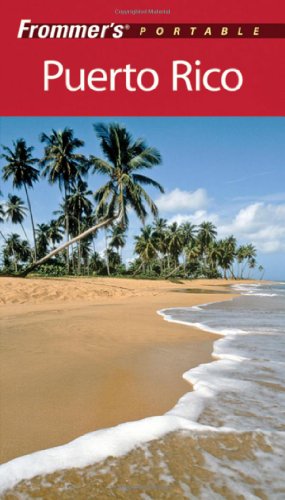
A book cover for Frommer'sÃE Portable Puerto Rico (Frommer's Portable); John Marino; Travel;